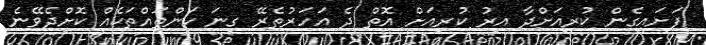
ފަށައިގެން ކުރިއަށްދާ އިރު ކުރިއަށް އޮތް ދެ އަހަރުތެރޭ ގިނަ ކަންތައްތަކެއް ކޮށްދެވޭނެ